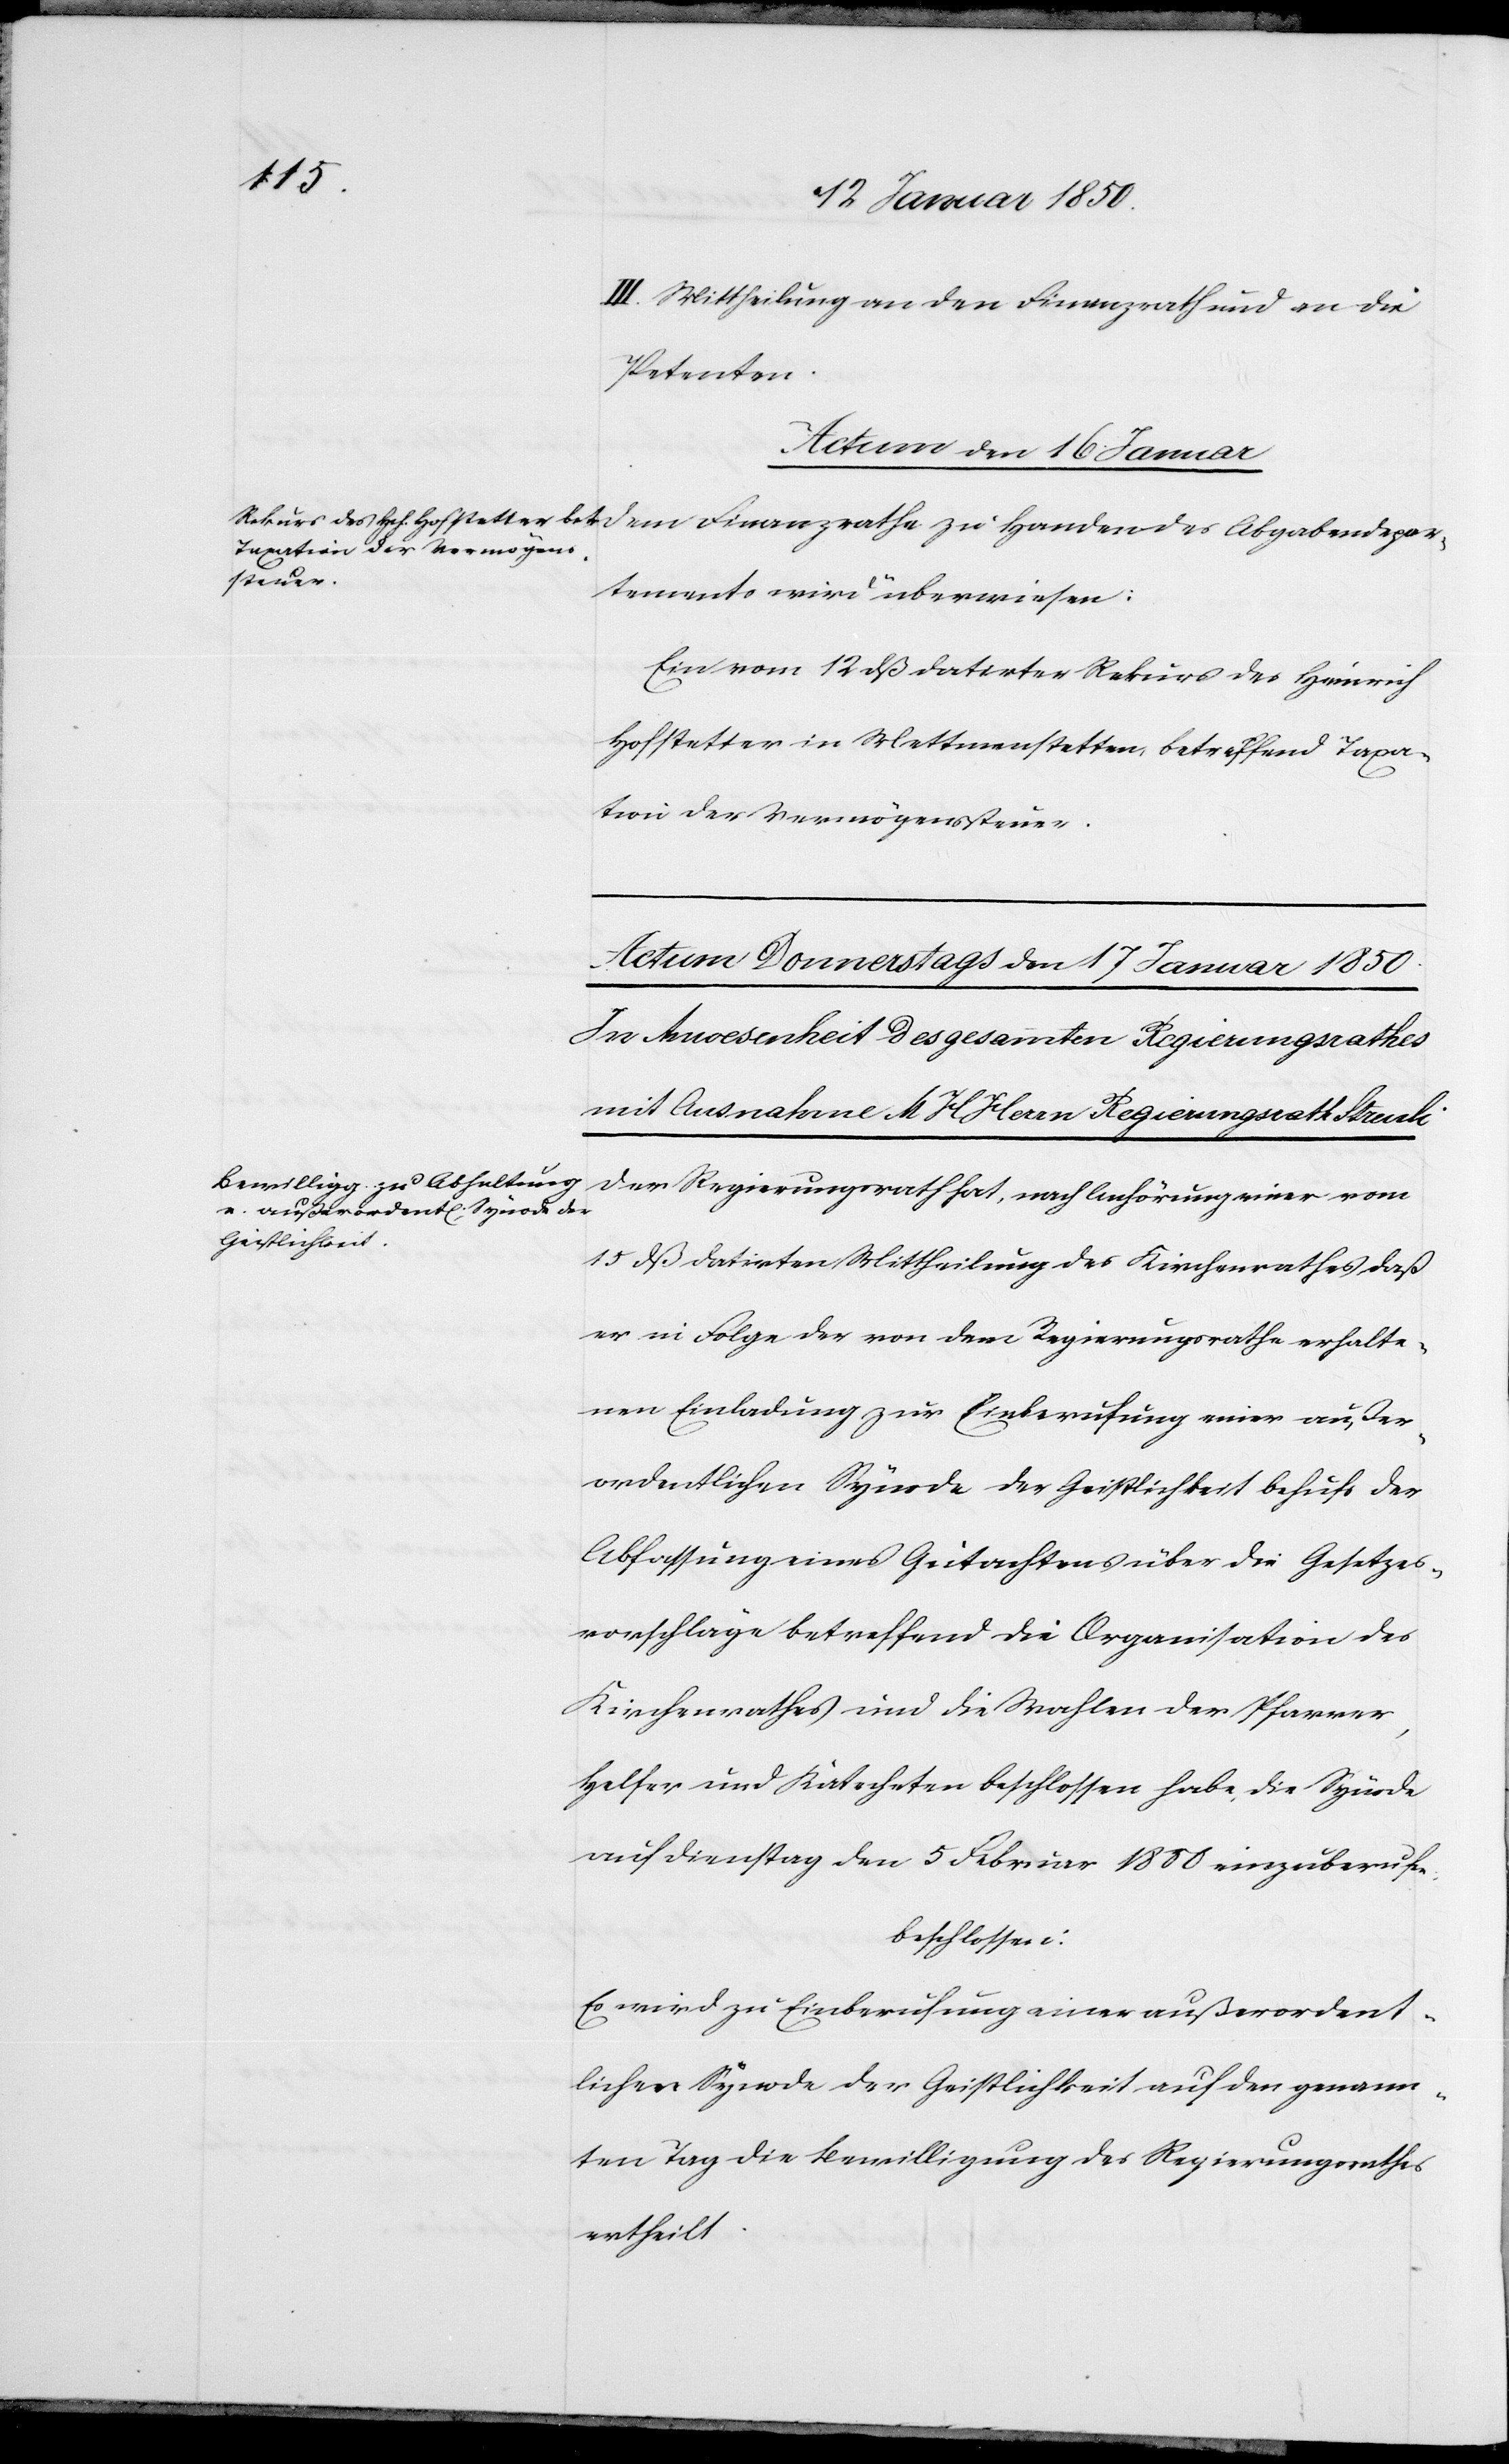
III. Mitteilung an den Finanzrath und an die
Petenten.
Actum den 16 Januar
Abgabendepar¬
tements wird überwiesen:
Ein vom 12 dß datirter Rekurs des Heinrich
Hofstetter in Mettmenstetten betreffend Taxa¬
tion der Vermögenssteuer.
Der Regierungsrath hat, nach Anhörung einer vom
15 dß datirten Mittheilung des Kirchenrathes daß
er in Folge der von dem Regierungsrathe erhalte¬
nen Einladung zur Einberufung einer außer¬
ordentlichen Synode der Geistlichkeit behufs der
Abfassung eines Gutachtens über die Gesetzes¬
vorschläge betreffend die Organisation des
Kirchenrathes und die Wahken der Pfarrer,
Helfer und Katecheten beschlossen habe, die Synode
auf Dienstag den 5 Februar 1850 einzuberufen
beschlossen:
Es wird zu Einberufung einer außerordent¬
lichen Synode der Geistlichkeit auf den genann¬
ten Tag die Bewilligung des Regierungsrathes
ertheilt.